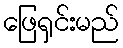
ဖြေရှင်းမည်